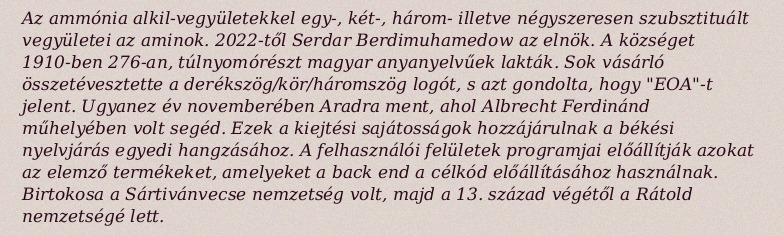
Az ammónia alkil-vegyületekkel egy-, két-, három- illetve négyszeresen szubsztituált vegyületei az aminok. 2022-től Serdar Berdimuhamedow az elnök. A községet 1910-ben 276-an, túlnyomórészt magyar anyanyelvűek lakták. Sok vásárló összetévesztette a derékszög/kör/háromszög logót, s azt gondolta, hogy "EOA"-t jelent. Ugyanez év novemberében Aradra ment, ahol Albrecht Ferdinánd műhelyében volt segéd. Ezek a kiejtési sajátosságok hozzájárulnak a békési nyelvjárás egyedi hangzásához. A felhasználói felületek programjai előállítják azokat az elemző termékeket, amelyeket a back end a célkód előállításához használnak. Birtokosa a Sártivánvecse nemzetség volt, majd a 13. század végétől a Rátold nemzetségé lett.